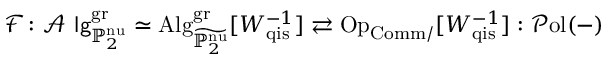
\mathcal { F } \colon \mathcal { A } \mathrm { \sf ~ l g } _ { \mathbb { P } _ { 2 } ^ { \mathrm { n u } } } ^ { \mathrm { g r } } \simeq \mathrm { A l g } _ { { \widetilde { \mathbb { P } _ { 2 } ^ { \mathrm { n u } } } } } ^ { \mathrm { g r } } [ W _ { \mathrm { q i s } } ^ { - 1 } ] \rightleftarrows \mathrm { O p } _ { \mathrm { C o m m } / } [ W _ { \mathrm { q i s } } ^ { - 1 } ] : \mathcal { P } \mathrm { o l } ( - )